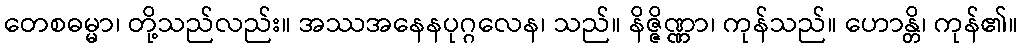
တေစဓမ္မာ၊ တို့သည်လည်း။ အဿအနေနပုဂ္ဂလေန၊ သည်။ နိဇ္ဇိဏ္ဏာ၊ ကုန်သည်။ ဟောန္တိ၊ ကုန်၏။